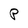
Character: P